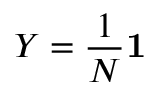
Y = { \frac { 1 } { N } } \mathbf { 1 }